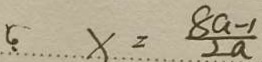
x = \frac { 8 a - 1 } { 2 a }